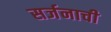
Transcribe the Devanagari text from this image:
सर्जनाची